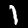
Digit: 1